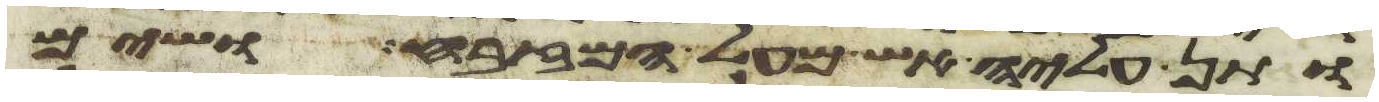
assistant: ותן עליה אש מעל המזבח ושים